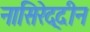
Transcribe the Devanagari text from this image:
नासिरेद्दीन